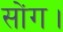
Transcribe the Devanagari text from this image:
सोंग।